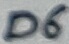
Text: D6